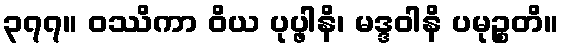
၃၇၇။ ဝဿိကာ ဝိယ ပုပ္ဖါနိ၊ မဒ္ဒဝါနိ ပမုဉ္စတိ။